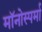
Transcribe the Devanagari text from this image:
मॉनोस्पर्मा